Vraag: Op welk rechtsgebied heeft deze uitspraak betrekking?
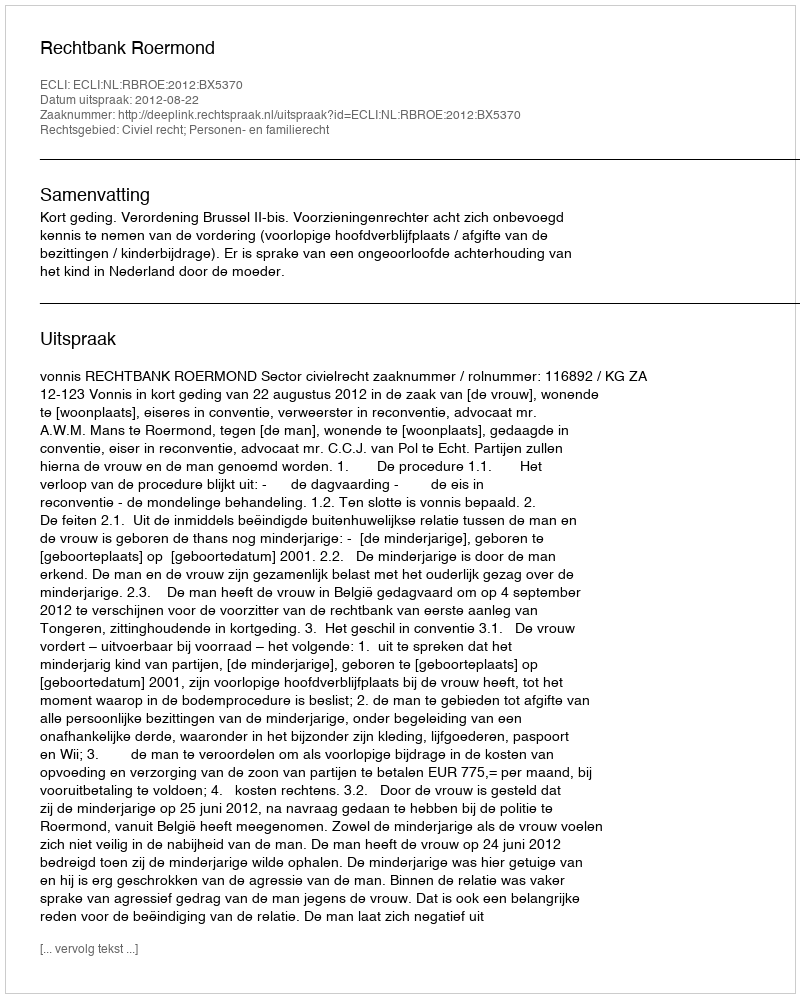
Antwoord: Civiel recht; Personen- en familierecht